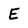
Character: E